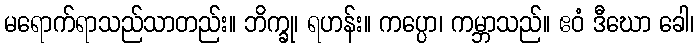
မရောက်ရာသည်သာတည်း။ ဘိက္ခု၊ ရဟန်း။ ကပ္ပော၊ ကမ္ဘာသည်။ ဧဝံ ဒီဃော ခေါ၊